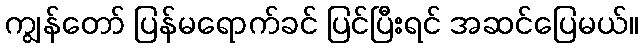
ကျွန်တော် ပြန်မရောက်ခင် ပြင်ပြီးရင် အဆင်ပြေမယ်။